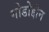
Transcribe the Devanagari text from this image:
गोडोद्दीन